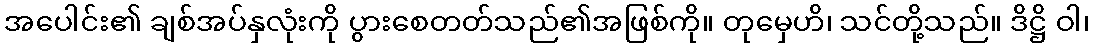
အပေါင်း၏ ချစ်အပ်နှလုံးကို ပွားစေတတ်သည်၏အဖြစ်ကို။ တုမှေဟိ၊ သင်တို့သည်။ ဒိဋ္ဌိ ဝါ၊